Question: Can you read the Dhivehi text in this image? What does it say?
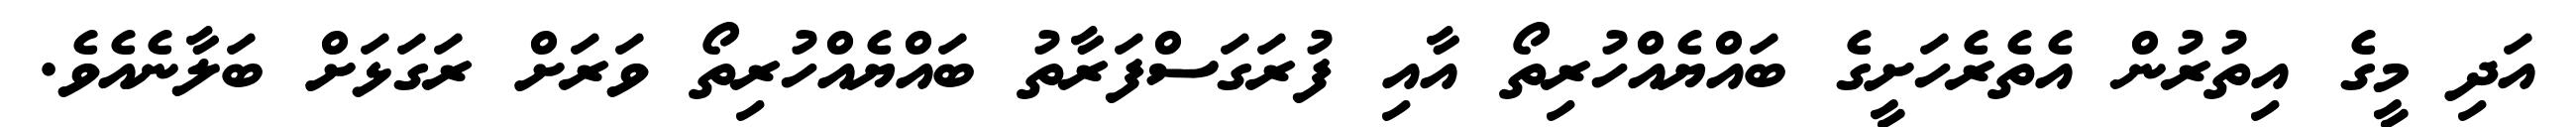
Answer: އަދި މީގެ އިތުރުން އެތެރެހަށީގެ ބައްޔެއްހުރިތޯ އާއި ފުރަގަސްފަރާތު ބައްޔެއްހުރިތޯ ވަރަށް ރަގަޅަށް ބަލާނެއެވެ.